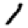
Digit: 1